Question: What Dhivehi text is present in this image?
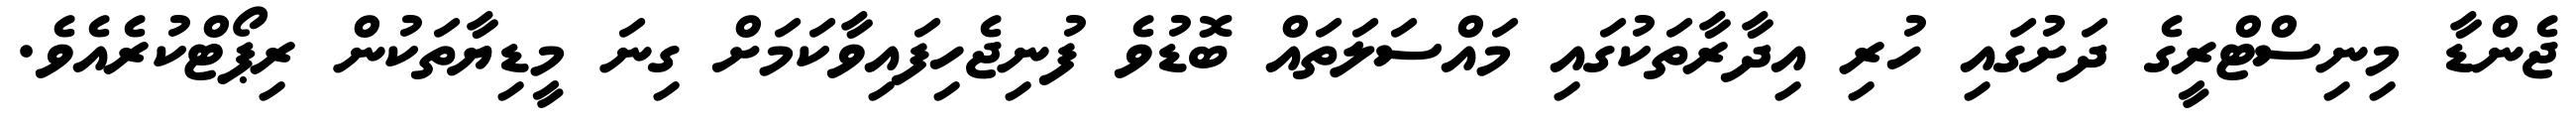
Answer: ޖެންޑާ މިނިސްޓްރީގެ ދަށުގައި ހުރި އިދާރާތަކުގައި މައްސަލަތައް ބޮޑުވެ ފުނިޖެހިފައިވާކަމަށް ގިނަ މީޑިޔާތަކުން ރިޕޯޓްކުރެއެވެ.